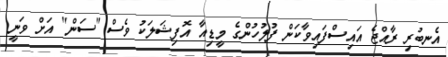
އެނބުރި ރާއްޖެ އައިސްފައިވާކަން ފުލުހުންގެ މީޑިއާ އޮފިޝަލަކު ވެސް "ސަން" އަށް ވަނީ